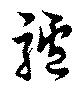
驢